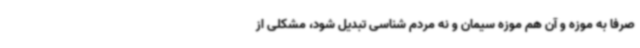
صرفا به موزه و آن هم موزه سیمان و نه مردم شناسی تبدیل شود، مشکلی از